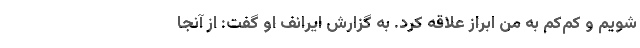
شویم و کم‌کم به من ابراز علاقه کرد. به گزارش ایرانف او گفت: از آنجا